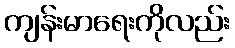
ကျန်းမာရေးကိုလည်း